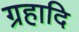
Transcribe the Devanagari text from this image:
ग्रहादि